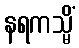
နရကသ္မိံ